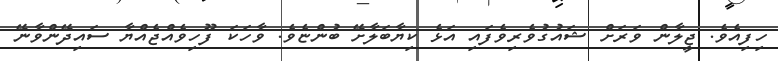
ހިފިއެވެ. ޖީލާން ވަރަށް ޝައުގުވެރިވެފައި އަޅެ ކިޔާބަލާށޭ ބުންޏެވެ. ވާހަކަ ފޫހިވެއްޖެއްޔާ ސައިދޭންވާނޭ